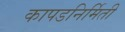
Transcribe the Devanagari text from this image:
कापडनिर्मिती